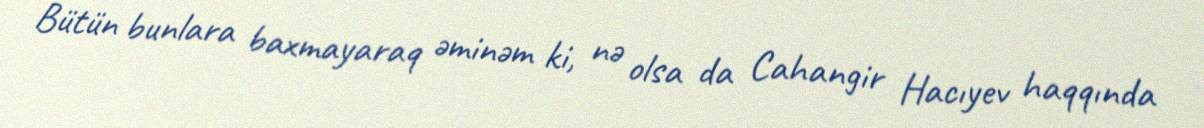
Bütün bunlara baxmayaraq əminəm ki, nə olsa da Cahangir Hacıyev haqqında